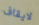
لايقاف